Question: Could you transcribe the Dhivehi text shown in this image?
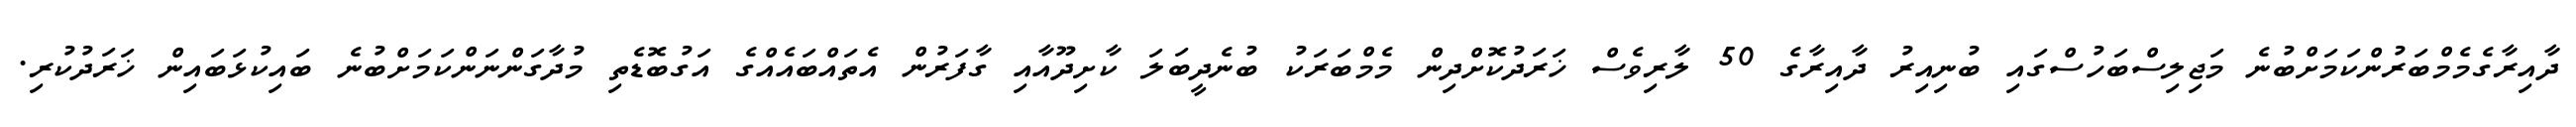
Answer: ދާއިރާގެމެމްބަރުންކަމަށްބުނެ މަޖިލިސްބަހުސްގައި ބުނިއިރު ދާއިރާގެ 50 ލާރިވެސް ޚަރަދުކޮށްދިން މެމްބަރަކު ބުނެދީބަލަ ކާށިދޫއާއި ގާފަރުން އެތައްބައެއްގެ އަގުބޮޑެތި މުދާގަންނަންކަމަށްބުނެ ބައިކުޅަބައިން ޚަރަދުކުރި.